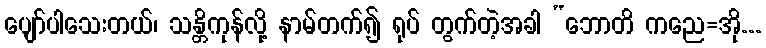
ပျော်ပါသေးတယ်၊ သန္တိကုန်လို့ နာမ်တက်၍ ရုပ် တွက်တဲ့အခါ “ဘောတိ ကညေ=အို...